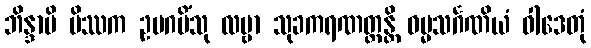
ဘိန္ဒာမိ မိဿက ဥပဂမိံသု လမ္ဗာ သုခကရဏတ္ထန္တိ ဓမ္မသင်္ဂဏိယံ ဝါဒေတုံ